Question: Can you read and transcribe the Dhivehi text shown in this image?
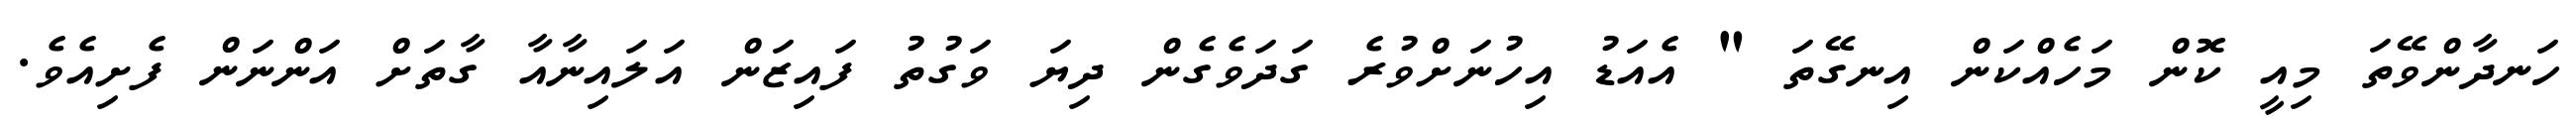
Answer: ހަނދާންވޭތަ މިއީ ކޮން މަހެއްކަން އިނގޭތަ " އެއަޑު އިހުނަށްވުރެ ގަދަވެގެން ދިޔަ ވަގުތު ފައިޒަން އަލައިނާއާ ގާތަށް އަންނަން ފެށިއެވެ.